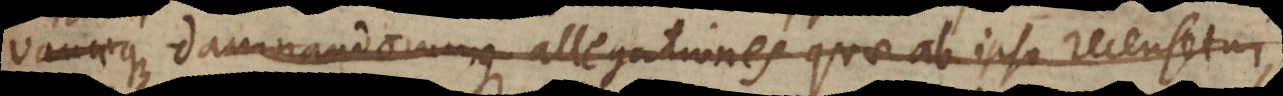
vanaeque damnandorumque allegationes quae ab ipso recensetur,